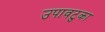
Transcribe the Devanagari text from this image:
उपावटुका